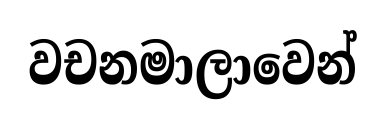
වචනමාලාවෙන්